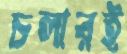
চলারই